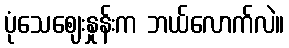
ပုံသေဈေးနှုန်းက ဘယ်လောက်လဲ။